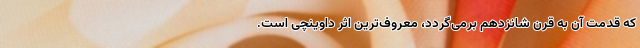
که قدمت آن به قرن شانزدهم برمی‌گردد، معروف‌ترین اثر داوینچی است.